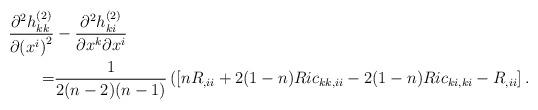
LaTeX: \begin{align*}\frac{\partial^2h_{kk}^{(2)}}{\partial{(x^{i})}^2}&-\frac{\partial^2h_{ki}^{(2)}}{\partial x^k\partial x^i}\\=&\frac{1}{2(n-2)(n-1)}\left([nR_{,ii}+2(1-n)Ric_{kk,ii}-2(1-n)Ric_{ki,ki}-R_{,ii}\right].\end{align*}